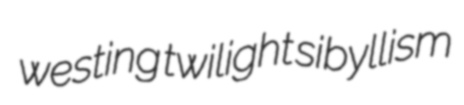
westing twilight sibyllism